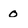
Character: o